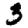
Digit: 3